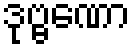
ဒုဗ္ဗဏော